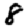
Digit: 8